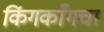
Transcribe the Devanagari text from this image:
किंगकाँगचा